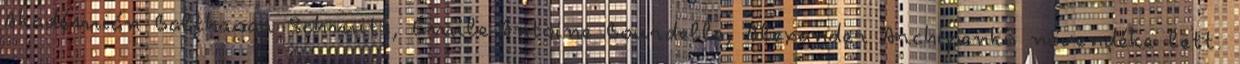
Akadémián Balthasar Schmitt, Émile-Antoine Bourdelle, Alexander Archipenko növendéke lett.